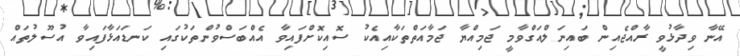
އޭނާ ވިދާޅުވީ ރާއްޖެއިން ބައިނަލްއަގްވާމީ ޖަމިއްޔާ ޖަމާއަތްތަކާއިއެކު ސޮއިކޮށްފައިވާ އެއްބަސްވުންތަކުގައި ކަނޑައަޅާފައިވާ އުސޫލުތައް